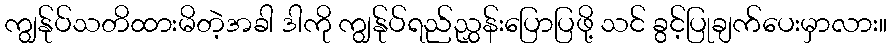
ကျွန်ုပ်သတိထားမိတဲ့အခါ ဒါကို ကျွန်ုပ်ရည်ညွှန်းပြောပြဖို့ သင် ခွင့်ပြုချက်ပေးမှာလား။